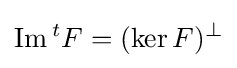
\operatorname {Im} {}^{t}F=(\operatorname {ker} F)^{\perp }